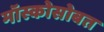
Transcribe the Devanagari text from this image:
मॉस्कोसोबत